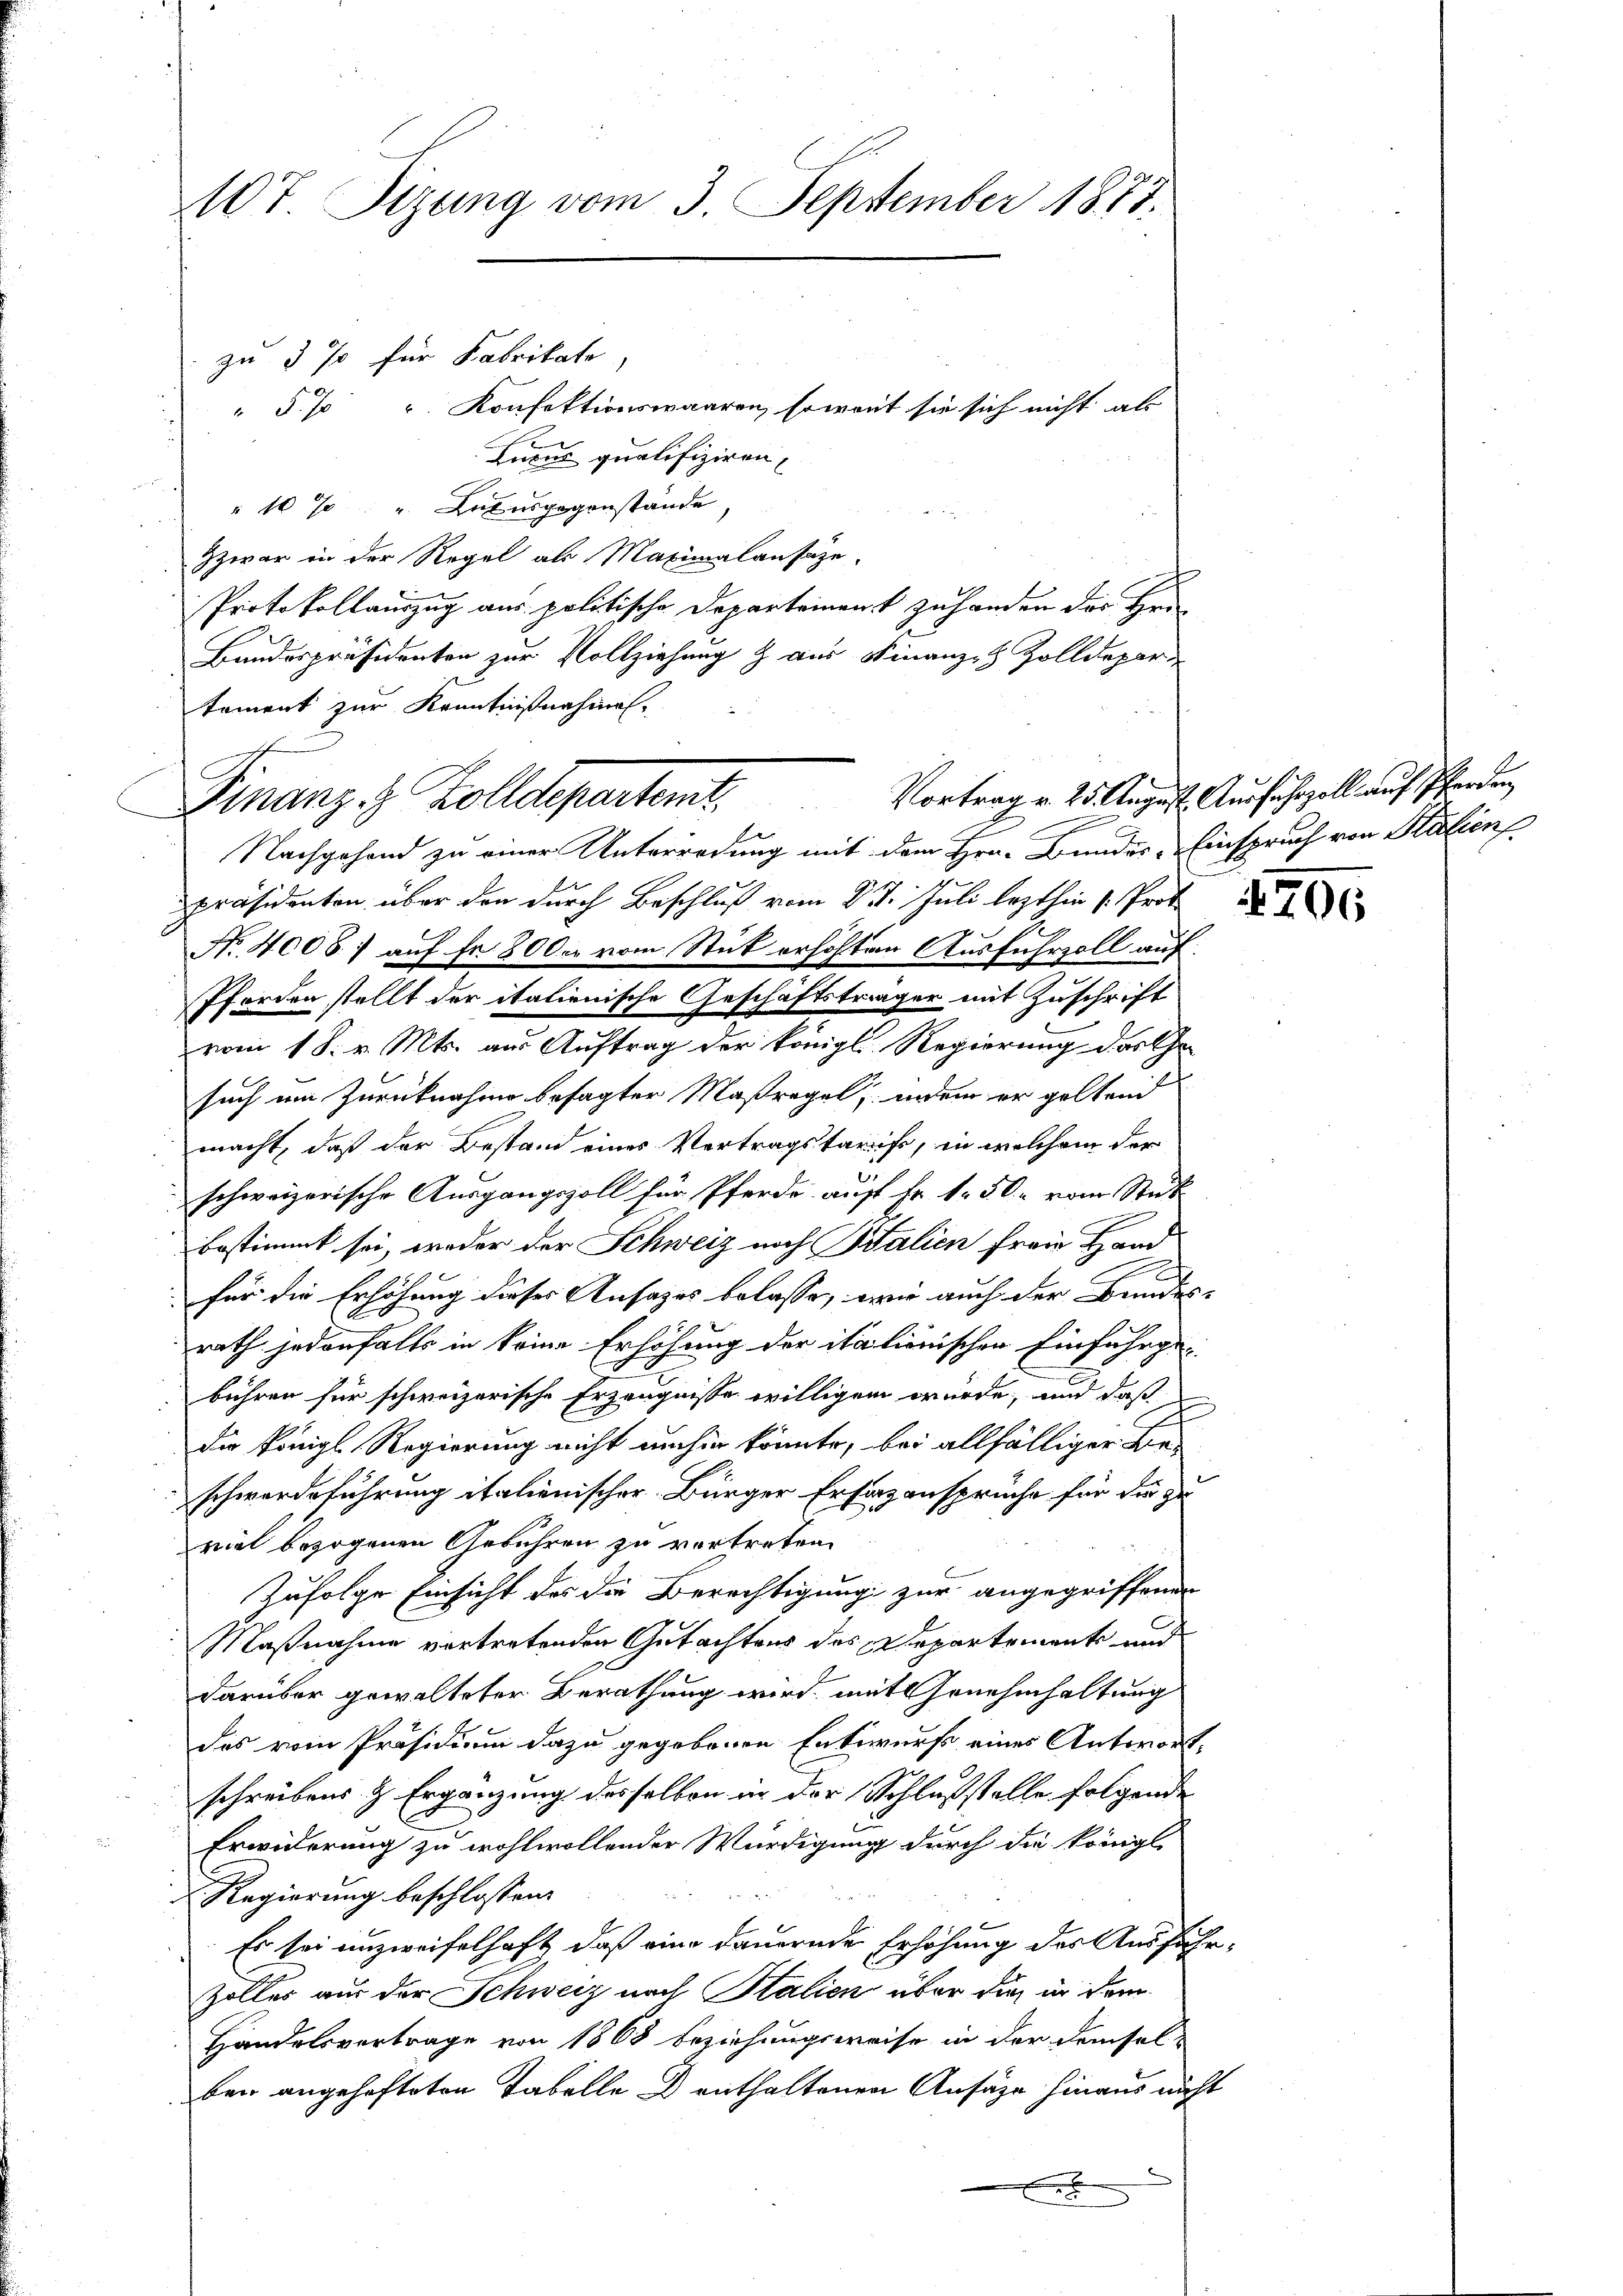
107. Sizung vom 3. September 1873.

zu 3 % für Fabrikate,

§. 7 u. Konfektionswaaren, soweit sie sich nicht als
Luxus qualifiziren.
" 10 % " Luxusgegenstände,
Zzwar in der Regel als Maximalansaze-
Protokollauszug aus politische Departeinant zu handen der Her
Bandespräsidenten zur Vollziehung & aus Finanze Zolldepar
tament zur Kenntnißnahmen-

Finanzes Zolldepartent
g

Pforden stellt der italienische Geschäftsträger mit Zuschrift

Nachgehand zu einer Unterredung mit dem Hrn. Bundes Einspruch von Statien
Präsidenten über den durch Beschluß vom 8. d. Juli lezthin 1. Prof.
Nr. 4008: auf Fr. 800. vom Stück erhöhten Ausfuhrzoll auf
vom 18. v. Mts. aus Auftrag der königl. Regierung das Ge-
such um Zurücknahme besagter Maßregel, indem er gelten
macht, daß der Bestand eines Vertragstaruf, in welchem der
schweizerische Ausgangszoll für Pferde auf Fr. 150 vom Stück
bestimmt sei, weder der Schweiz nach Balien freie Hand
x
für die Erhöhung dieses Ansages belasse, wie auch der Beides- |
rath jedenfalls in keine Erhöhung der italienischen Einfuhrgebühren für schweizerische Erzeugnisse willigen würde, und daß
die Königl Regierung nicht umhin könnte, bei allfälliger Be
schwerdeführung italienischer Bürger Ersatzansprüche für die zu
viel bezogenen Gebühren zu vortreten.
Zufolge Einsicht des die Berechtigung zur angegriffenen
Maßnahme vortretenden Gutachtens des Departements und
darüber gewalteter Berathung wird, mit Genehmhaltung
das vom Präsidium dazu gegebenen Entwurf eines Antwort,
schreibens & Ergänzung desselben in der Schlußstelle folgende
Erwiderung zu wohlwollender Würdigung durch die königl.
. Regierung beschlossen:
Es sei unzweifelhaft, daß eine dauernde Erhöhung des Ausführ¬
Zolles aus der Schweiz nach Italien über die in dem
Handelsvertrage von 1868 beziehungsweise in der demselben angehefteten Tabelle D enthaltenen Ansäze hinaus nicht

x

Vortrag v. 25. August. Ausfuhrzoll auf Pferden